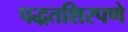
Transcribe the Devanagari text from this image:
पद्धतशिरपणे